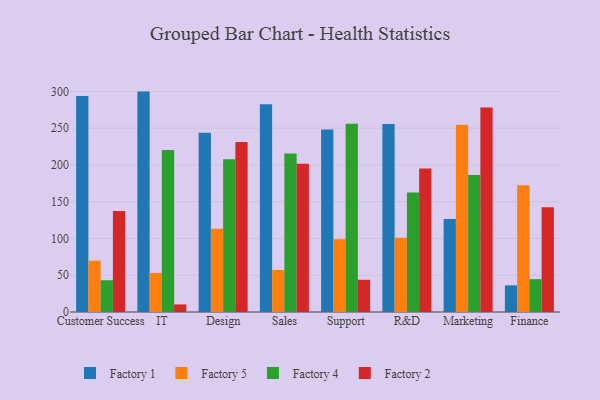
{"axis": {"x": "Department", "y": "Market Share (%)"}, "legend": ["Factory 1", "Factory 2", "Factory 4", "Factory 5"], "data": [{"x": "Customer Success", "y": 293.6, "type": "Factory 1"}, {"x": "Customer Success", "y": 69.8, "type": "Factory 5"}, {"x": "Customer Success", "y": 43.2, "type": "Factory 4"}, {"x": "Customer Success", "y": 137.2, "type": "Factory 2"}, {"x": "IT", "y": 299.7, "type": "Factory 1"}, {"x": "IT", "y": 53.2, "type": "Factory 5"}, {"x": "IT", "y": 220.3, "type": "Factory 4"}, {"x": "IT", "y": 10.3, "type": "Factory 2"}, {"x": "Design", "y": 243.7, "type": "Factory 1"}, {"x": "Design", "y": 113.3, "type": "Factory 5"}, {"x": "Design", "y": 207.8, "type": "Factory 4"}, {"x": "Design", "y": 231.2, "type": "Factory 2"}, {"x": "Sales", "y": 282.5, "type": "Factory 1"}, {"x": "Sales", "y": 57.1, "type": "Factory 5"}, {"x": "Sales", "y": 215.5, "type": "Factory 4"}, {"x": "Sales", "y": 201.6, "type": "Factory 2"}, {"x": "Support", "y": 248.1, "type": "Factory 1"}, {"x": "Support", "y": 99.0, "type": "Factory 5"}, {"x": "Support", "y": 255.9, "type": "Factory 4"}, {"x": "Support", "y": 43.8, "type": "Factory 2"}, {"x": "R&D", "y": 255.5, "type": "Factory 1"}, {"x": "R&D", "y": 101.0, "type": "Factory 5"}, {"x": "R&D", "y": 162.6, "type": "Factory 4"}, {"x": "R&D", "y": 195.3, "type": "Factory 2"}, {"x": "Marketing", "y": 126.4, "type": "Factory 1"}, {"x": "Marketing", "y": 254.6, "type": "Factory 5"}, {"x": "Marketing", "y": 186.3, "type": "Factory 4"}, {"x": "Marketing", "y": 278.1, "type": "Factory 2"}, {"x": "Finance", "y": 36.2, "type": "Factory 1"}, {"x": "Finance", "y": 172.3, "type": "Factory 5"}, {"x": "Finance", "y": 44.6, "type": "Factory 4"}, {"x": "Finance", "y": 142.4, "type": "Factory 2"}]}